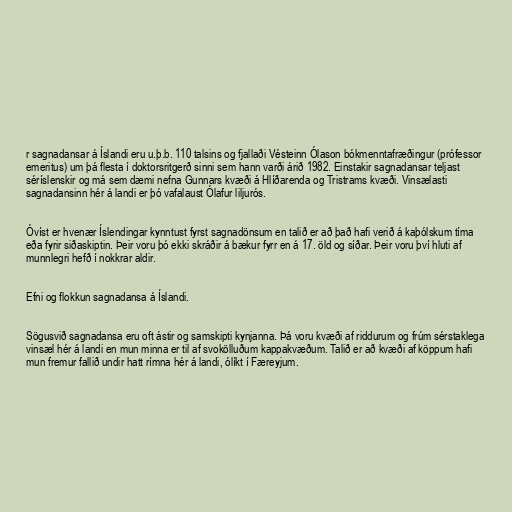
r sagnadansar á Íslandi eru u.þ.b. 110 talsins og fjallaði Vésteinn Ólason bókmenntafræðingur (prófessor
emeritus) um þá flesta í doktorsritgerð sinni sem hann varði árið 1982. Einstakir sagnadansar teljast
séríslenskir og má sem dæmi nefna Gunnars kvæði á Hlíðarenda og Tristrams kvæði. Vinsælasti
sagnadansinn hér á landi er þó vafalaust Ólafur liljurós.

Óvíst er hvenær Íslendingar kynntust fyrst sagnadönsum en talið er að það hafi verið á kaþólskum tíma
eða fyrir siðaskiptin. Þeir voru þó ekki skráðir á bækur fyrr en á 17. öld og síðar. Þeir voru því hluti af
munnlegri hefð í nokkrar aldir.

Efni og flokkun sagnadansa á Íslandi.

Sögusvið sagnadansa eru oft ástir og samskipti kynjanna. Þá voru kvæði af riddurum og frúm sérstaklega
vinsæl hér á landi en mun minna er til af svokölluðum kappakvæðum. Talið er að kvæði af köppum hafi
mun fremur fallið undir hatt rímna hér á landi, ólíkt í Færeyjum.